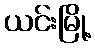
ယင်းမြို့